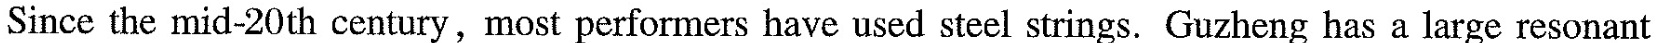
Since the mid-20th century,most performers have used steel strings. Guzheng has a large resonant